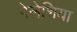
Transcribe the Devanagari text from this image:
गेलेशिया